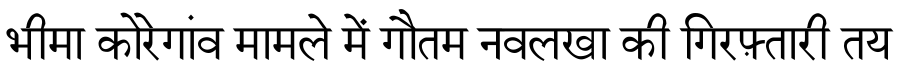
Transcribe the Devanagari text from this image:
भीमा कोरेगांव मामले में गौतम नवलखा की गिरफ़्तारी तय